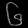
Digit: ၆